Lunatic asylums in Bengal annual reports 1899-1911 - 1899-1911
Year: 1899
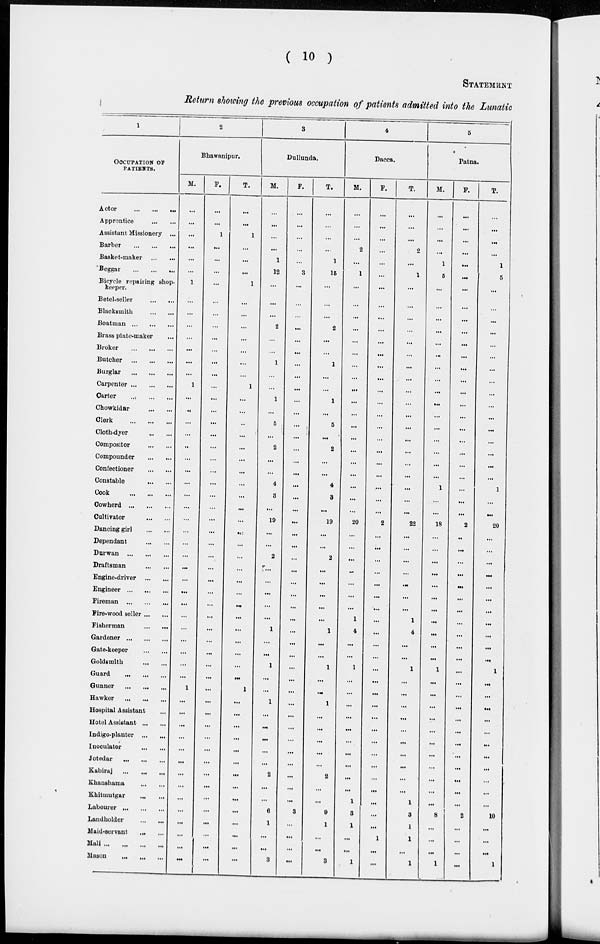
( 10 )
STATEMENT
Return showing the previous occupation of patients admitted into the Lunatic
1
OCCUPATION OF
PATIENTS.
Actor
...
...
...
Apprentice
...
...
Assistant Missionery ...
Barber
...
...
...
Basket-maker
...
...
Beggar
...
...
Bicycle repairing shop-
keeper.
Betel-seller
...
...
Blacksmith
...
...
Boatman
...
...
Brass plate-maker ...
Broker ... ... ...
Butcher
...
...
...
Burglar
...
...
...
Carpenter
...
...
Carter
...
...
Chowkidar
...
...
Clerk
...
...
Cloth-dyer
...
...
Compositor
...
...
Compounder ... ...
Confectioner
...
...
Constable
...
...
Cook
...
...
Cowherd
...
...
Cultivator
...
...
Dancing girl
...
...
Dependant
...
...
Durwan
...
...
Draftsman
...
...
Engine-driver ... ...
Engineer ... ...
Fireman
...
...
Fire-wood seller ... ...
Fisherman
...
...
Gardener
...
...
Gate-keeper
...
...
Goldsmith
...
...
Guard
...
...
Gunner
...
...
Hawker
...
...
Hospital Assistant
Hotel Assistant ... ...
Indigo-planter ... ...
Inoculator
...
...
Jotedar
...
...
Kabiraj
...
...
Khanshama
...
...
Khitmutgar
...
...
Labourer
...
...
Landholder
...
...
Maid-servant
...
...
Mali ... ... ... ...
Mason ... ... ...
2
Bhawanipur.
M.
...
...
...
...
...
...
1
...
...
...
...
...
...
...
1
...
...
...
...
...
...
...
...
...
...
...
...
...
...
...
...
...
...
...
...
...
...
...
...
1
...
...
...
...
...
...
...
...
...
...
...
...
...
...
F.
...
...
1
...
...
...
...
...
...
...
...
...
...
...
...
...
...
...
...
...
...
...
...
...
...
...
...
...
...
...
...
...
...
...
...
...
...
...
...
...
...
...
...
...
...
...
...
...
...
...
...
...
...
...
T.
...
...
1
...
...
...
1
...
...
...
...
...
...
...
1
...
...
..
...
...
...
...
...
...
...
...
...
...
...
...
...
...
...
...
...
...
...
...
...
1
...
...
...
...
...
...
...
...
...
...
...
...
...
...
3
Dullunda.
M.
...
...
...
...
1
12
...
...
...
2
...
...
1
...
...
1
...
5
...
2
...
...
4
3
...
19
...
...
2
...
...
...
...
...
1
...
...
1
...
...
1
...
...
...
...
...
2
...
...
6
1
...
...
3
F.
...
...
...
...
...
3
...
...
...
...
...
...
...
...
...
...
...
...
...
...
...
...
...
...
...
...
...
...
...
...
...
...
...
...
...
...
...
...
...
...
...
...
...
...
...
...
...
...
...
3
...
...
...
...
T.
...
...
...
...
1
15
...
...
...
2
...
...
1
...
...
1
...
5
...
2
...
...
4
3
...
19
...
...
2
...
...
...
...
...
1
...
...
1
...
...
1
...
...
...
...
...
2
...
...
8
1
...
...
3
4
Dacca.
M.
...
...
...
2
...
1
...
...
...
...
...
...
...
...
...
...
...
...
...
...
...
...
...
...
...
20
...
...
...
...
...
...
...
1
4
...
...
1
...
...
...
...
...
...
...
...
...
...
1
3
1
...
...
1
F.
...
...
...
...
...
...
...
...
...
...
...
...
...
...
...
...
...
...
...
...
...
...
...
...
...
2
...
...
...
...
...
...
...
...
...
...
...
...
...
...
...
...
...
...
...
...
...
...
...
...
...
1
...
...
T.
...
...
...
2
...
1
...
...
...
...
...
...
...
...
...
...
...
...
...
...
...
...
...
...
...
22
...
...
...
...
...
...
...
1
4
...
...
1
...
...
...
...
...
...
...
...
...
...
1
3
1
1
...
1
5
Patna.
M.
...
...
...
...
1
5
...
...
...
...
...
...
...
...
...
...
...
...
...
...
...
...
1
...
...
18
...
...
...
...
...
...
...
...
...
...
...
1
...
...
...
...
...
...
...
...
...
...
...
8
...
...
...
1
F.
...
...
...
...
...
...
...
...
...
...
...
...
...
...
...
...
...
...
...
...
...
...
...
...
...
2
..
...
...
...
...
...
...
...
...
...
...
...
...
...
...
...
...
...
...
...
...
...
...
2
...
...
...
...
T.
...
...
...
...
1
5
...
...
...
...
...
...
...
...
...
...
...
...
...
...
...
...
1
...
...
20
...
...
...
...
...
...
...
...
...
...
...
1
...
...
...
...
...
...
...
...
...
...
...
10
...
...
...
1